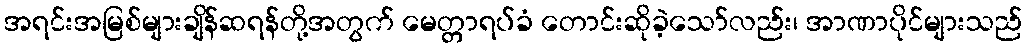
အရင်းအမြစ်များချိန်ဆရန်တို့အတွက် မေတ္တာရပ်ခံ တောင်းဆိုခဲ့သော်လည်း၊ အာဏာပိုင်များသည်